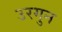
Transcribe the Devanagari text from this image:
उरगुन